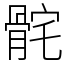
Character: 䯔